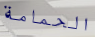
الحمامة